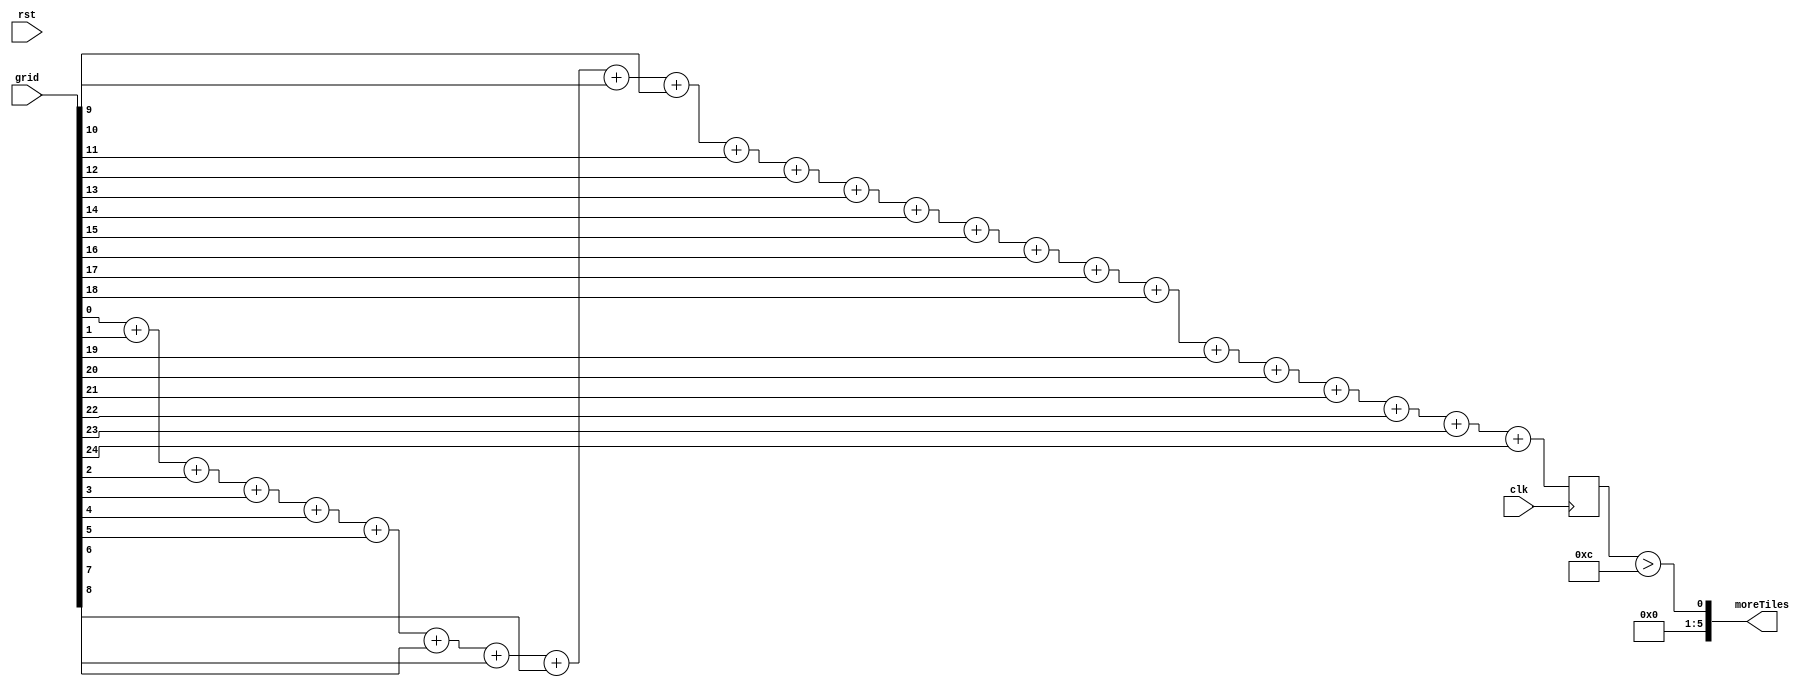
/*
   This file was generated automatically by the Mojo IDE version B1.3.6.
   Do not edit this file directly. Instead edit the original Lucid source.
   This is a temporary file and any changes made to it will be destroyed.
*/

module mostTiles_56 (
    input clk,
    input rst,
    input [24:0] grid,
    output reg [5:0] moreTiles
  );
  
  
  
  reg [4:0] M_compare_d, M_compare_q = 1'h0;
  
  always @* begin
    M_compare_d = M_compare_q;
    
    moreTiles = 1'h0;
    M_compare_d = grid[0+0-:1] + grid[1+0-:1] + grid[2+0-:1] + grid[3+0-:1] + grid[4+0-:1] + grid[5+0-:1] + grid[6+0-:1] + grid[7+0-:1] + grid[8+0-:1] + grid[9+0-:1] + grid[10+0-:1] + grid[11+0-:1] + grid[12+0-:1] + grid[13+0-:1] + grid[14+0-:1] + grid[15+0-:1] + grid[16+0-:1] + grid[17+0-:1] + grid[18+0-:1] + grid[19+0-:1] + grid[20+0-:1] + grid[21+0-:1] + grid[22+0-:1] + grid[23+0-:1] + grid[24+0-:1];
    moreTiles[0+0-:1] = (M_compare_q > 4'hc);
  end
  
  always @(posedge clk) begin
    M_compare_q <= M_compare_d;
  end
  
endmodule